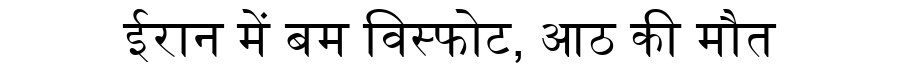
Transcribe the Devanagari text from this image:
ईरान में बम विस्फोट, आठ की मौत